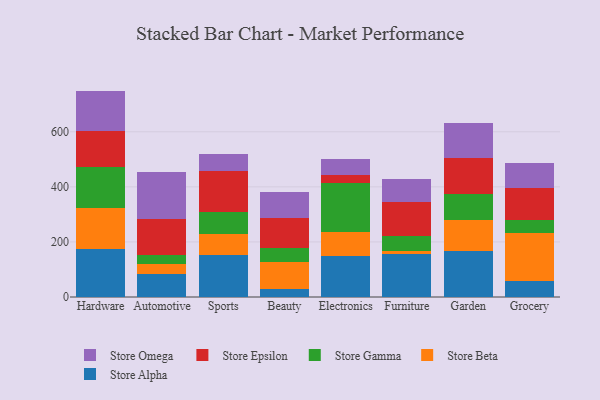
{"axis": {"x": "Category", "y": "Tickets Resolved"}, "legend": ["Store Alpha", "Store Beta", "Store Epsilon", "Store Gamma", "Store Omega"], "data": [{"x": "Hardware", "y": 174.6, "type": "Store Alpha"}, {"x": "Hardware", "y": 149.9, "type": "Store Beta"}, {"x": "Hardware", "y": 146.1, "type": "Store Gamma"}, {"x": "Hardware", "y": 132.3, "type": "Store Epsilon"}, {"x": "Hardware", "y": 145.8, "type": "Store Omega"}, {"x": "Automotive", "y": 85.2, "type": "Store Alpha"}, {"x": "Automotive", "y": 35.6, "type": "Store Beta"}, {"x": "Automotive", "y": 30.6, "type": "Store Gamma"}, {"x": "Automotive", "y": 132.6, "type": "Store Epsilon"}, {"x": "Automotive", "y": 170.7, "type": "Store Omega"}, {"x": "Sports", "y": 150.9, "type": "Store Alpha"}, {"x": "Sports", "y": 79.2, "type": "Store Beta"}, {"x": "Sports", "y": 80.2, "type": "Store Gamma"}, {"x": "Sports", "y": 147.7, "type": "Store Epsilon"}, {"x": "Sports", "y": 60.7, "type": "Store Omega"}, {"x": "Beauty", "y": 27.7, "type": "Store Alpha"}, {"x": "Beauty", "y": 100.7, "type": "Store Beta"}, {"x": "Beauty", "y": 50.9, "type": "Store Gamma"}, {"x": "Beauty", "y": 108.6, "type": "Store Epsilon"}, {"x": "Beauty", "y": 94.8, "type": "Store Omega"}, {"x": "Electronics", "y": 149.3, "type": "Store Alpha"}, {"x": "Electronics", "y": 87.9, "type": "Store Beta"}, {"x": "Electronics", "y": 175.9, "type": "Store Gamma"}, {"x": "Electronics", "y": 28.7, "type": "Store Epsilon"}, {"x": "Electronics", "y": 61.1, "type": "Store Omega"}, {"x": "Furniture", "y": 156.1, "type": "Store Alpha"}, {"x": "Furniture", "y": 10.5, "type": "Store Beta"}, {"x": "Furniture", "y": 56.6, "type": "Store Gamma"}, {"x": "Furniture", "y": 123.5, "type": "Store Epsilon"}, {"x": "Furniture", "y": 82.3, "type": "Store Omega"}, {"x": "Garden", "y": 165.4, "type": "Store Alpha"}, {"x": "Garden", "y": 112.7, "type": "Store Beta"}, {"x": "Garden", "y": 95.0, "type": "Store Gamma"}, {"x": "Garden", "y": 133.1, "type": "Store Epsilon"}, {"x": "Garden", "y": 124.8, "type": "Store Omega"}, {"x": "Grocery", "y": 57.0, "type": "Store Alpha"}, {"x": "Grocery", "y": 174.5, "type": "Store Beta"}, {"x": "Grocery", "y": 48.6, "type": "Store Gamma"}, {"x": "Grocery", "y": 116.0, "type": "Store Epsilon"}, {"x": "Grocery", "y": 89.1, "type": "Store Omega"}]}